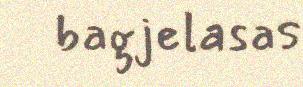
bagjelasas